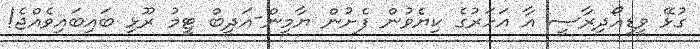
ގުޅޭ ވީޑިއޯދިރާސީ އާ އަހަރުގެ ކިޔެވުން ފެށުން ޔާމީން-އަދީބް ޓީމު ރޫޅި ބައިބައިވެއްޖެ!